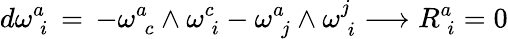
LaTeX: d\omega_{\phantom{i}i}^{a}\, =\, -\omega_{\phantom{c}c}^{a}\wedge\omega_{\phantom{i}i}^{c}-\omega_{\phantom{j}j}^{a}\wedge\omega_{\phantom{i}i}^{j}\longrightarrow R_{\phantom{i}i}^{a}=0